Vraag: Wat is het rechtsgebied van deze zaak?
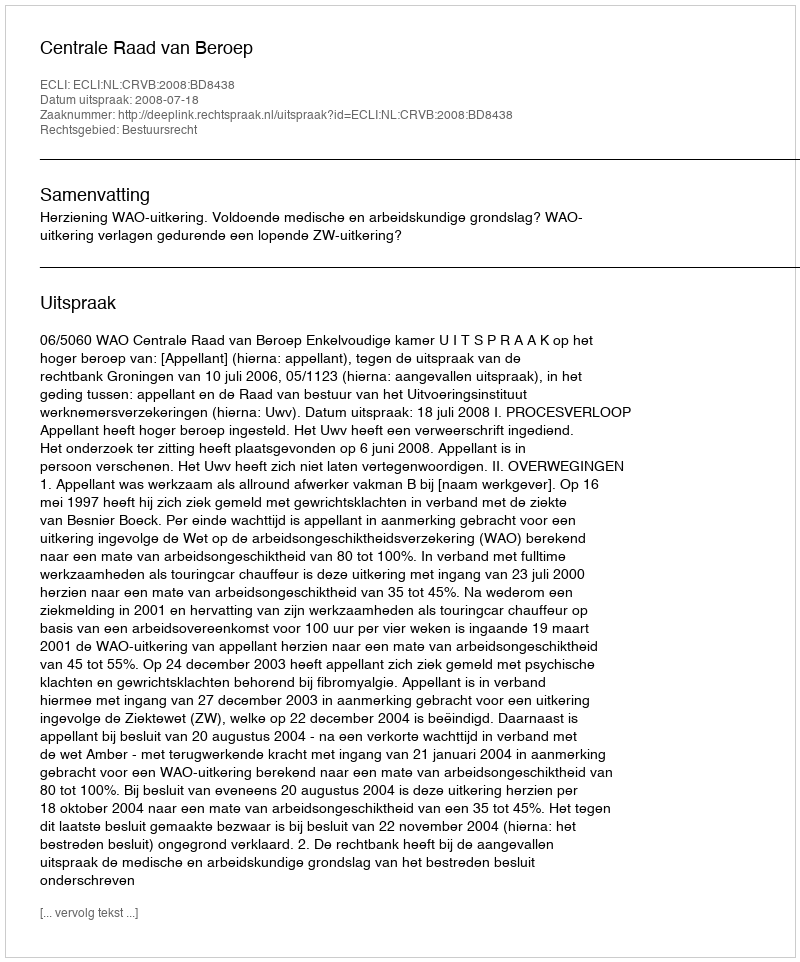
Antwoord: Bestuursrecht